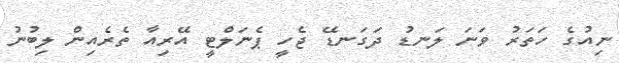
ނިއުގެ ހަތަރު ވަނަ ލަނޑު ދަގަނޑޭ ޖެހީ ޕެނަލްޓީ އޭރިއާ ތެރެއިން ލިބުނު